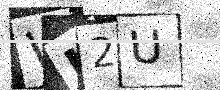
Text: WU2U